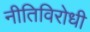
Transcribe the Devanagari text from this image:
नीतिविरोधी